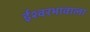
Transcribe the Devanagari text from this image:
ईश्‍वरभावाला